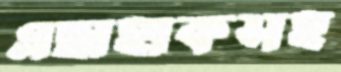
এছাহাকসহ